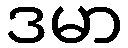
ဒမာ